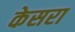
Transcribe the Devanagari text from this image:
केसरा